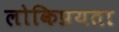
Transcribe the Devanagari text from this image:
लोकिप्रयता